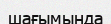
шағымында